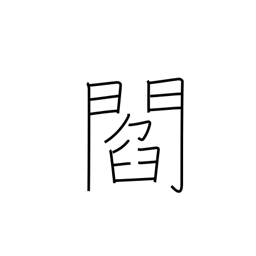
Meaning: town